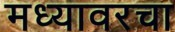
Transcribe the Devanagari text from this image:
मध्यावरचा